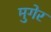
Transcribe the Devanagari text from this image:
मुगेर